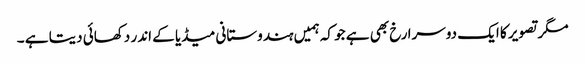
مگر تصویر کا ایک دوسرا رخ بھی ہے جو کہ ہمیں ہندوستانی میڈیا کے اندر دکھائی دیتا ہے ۔